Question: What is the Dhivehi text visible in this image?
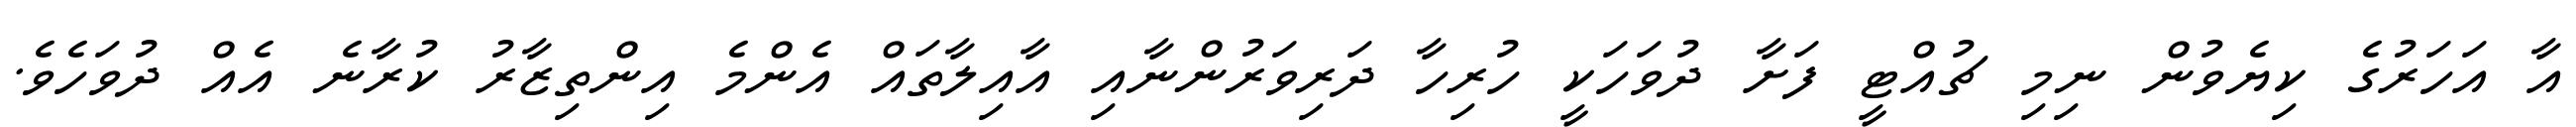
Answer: އާ އަހަރުގެ ކިޔެވުން ނިމި ޗުއްޓީ ފަށާ ދުވަހަކީ ހުރިހާ ދަރިވަރުންނާއި އާއިލާތައް އެންމެ އިންތިޒާރު ކުރާނެ އެއް ދުވަހެވެ.